Investigations into the jail dietaries of the United Provinces with some observations on the influence of dietary on the physical development and well-being of the people of the United Provinces - Number 48
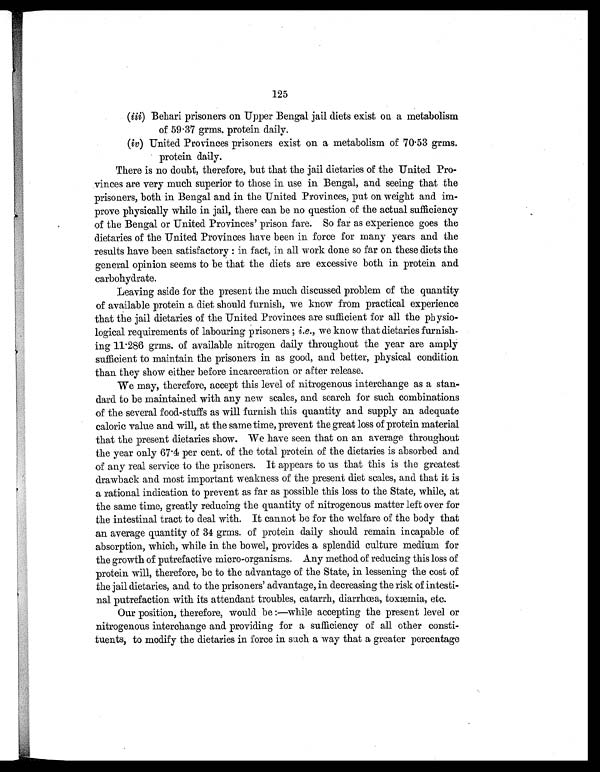
125
(iii) Behari prisoners on Upper Bengal jail diets exist on a metabolism
of 59.37 grms. protein daily.
(iv) United Provinces prisoners exist on a metabolism of 70.53 grms.
protein daily.
There is no doubt, therefore, but that the jail dietaries of the United Pro-
vinces are very much superior to those in use in Bengal, and seeing that the
prisoners, both in Bengal and in the United Provinces, put on weight and im-
prove physically while in jail, there can be no question of the actual sufficiency
of the Bengal or United Provinces' prison fare. So far as experience goes the
dietaries of the United Provinces have been in force for many years and the
results have been satisfactory: in fact, in all work done so far on these diets the
general opinion seems to be that the diets are excessive both in protein and
carbohydrate.
Leaving aside for the present the much discussed problem of the quantity
of available protein a diet should furnish, we know from practical experience
that the jail dietaries of the United Provinces are sufficient for all the physio-
logical requirements of labouring prisoners ; i.e., we know that dietaries furnish-
ing 11.286 grms. of available nitrogen daily throughout the year are amply
sufficient to maintain the prisoners in as good, and better, physical condition
than they show either before incarceration or after release.
We may, therefore, accept this level of nitrogenous interchange as a stan-
dard to be maintained with any new scales, and search for such combinations
of the several food-stuffs as will furnish this quantity and supply an adequate
caloric value and will, at the same time, prevent the great loss of protein material
that the present dietaries show. We have seen that on an average throughout
the year only 67.4 per cent. of the total protein of the dietaries is absorbed and
of any real service to the prisoners. It appears to us that this is the greatest
drawback and most important weakness of the present diet scales, and that it is
a rational indication to prevent as far as possible this loss to the State, while, at
the same time, greatly reducing the quantity of nitrogenous matter left over for
the intestinal tract to deal with. It cannot be for the welfare of the body that
an average quantity of 34 grms. of protein daily should remain incapable of
absorption, which, while in the bowel, provides a splendid culture medium for
the growth of putrefactive micro-organisms. Any method of reducing this loss of
protein will, therefore, be to the advantage of the State, in lessening the cost of
the jail dietaries, and to the prisoners' advantage, in decreasing the risk of intesti-
nal putrefaction with its attendant troubles, catarrh, diarrhœa, toxæmia, etc.
Our position, therefore, would be:—while accepting the present level or
nitrogenous interchange and providing for a sufficiency of all other consti-
tuents, to modify the dietaries in force in such a way that a greater percentage